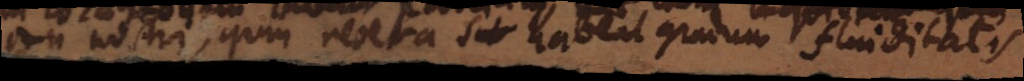
ctu nostri, quin revera habeat gradum fluiditatis